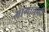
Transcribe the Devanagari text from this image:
भागाचाही